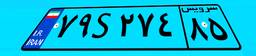
۷۹S۲۷۴۸۵